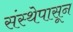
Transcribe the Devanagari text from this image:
संस्थेपासून